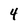
Character: 4